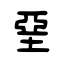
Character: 堊